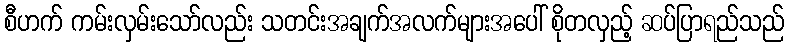
စီဟက် ကမ်းလှမ်းသော်လည်း သတင်းအချက်အလက်များအပေါ် စိုတလှည့် ဆပ်ပြာရည်သည်